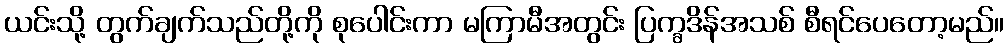
ယင်းသို့ တွက်ချက်သည်တို့ကို စုပေါင်းကာ မကြာမီအတွင်း ပြက္ခဒိန်အသစ် စီရင်ပေတော့မည်။